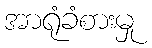
အာရုံခံစားမှု